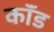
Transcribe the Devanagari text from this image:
कॉंड